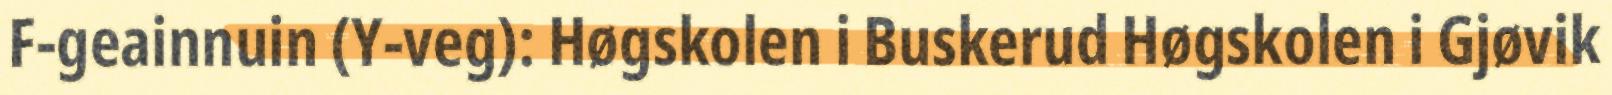
F-geainnuin (Y-veg): Høgskolen i Buskerud Høgskolen i Gjøvik